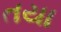
તયા